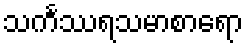
သင်္ကဿရသမာစာရော